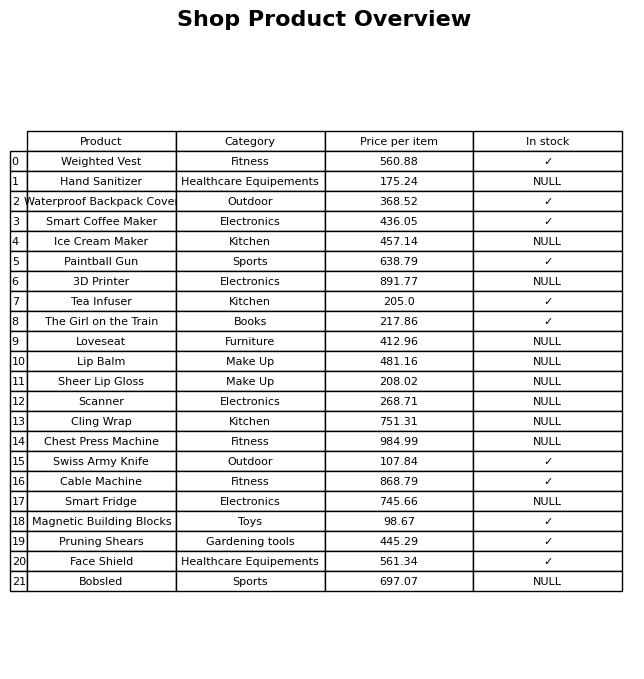
question: What is the price for Paintball Gun?
answer: The price of Paintball Gun is 638.79.